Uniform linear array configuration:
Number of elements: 4
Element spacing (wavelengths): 0.25
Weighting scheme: kaiser
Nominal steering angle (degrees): -30
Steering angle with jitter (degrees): -30.709
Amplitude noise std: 0.05
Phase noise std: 0.05

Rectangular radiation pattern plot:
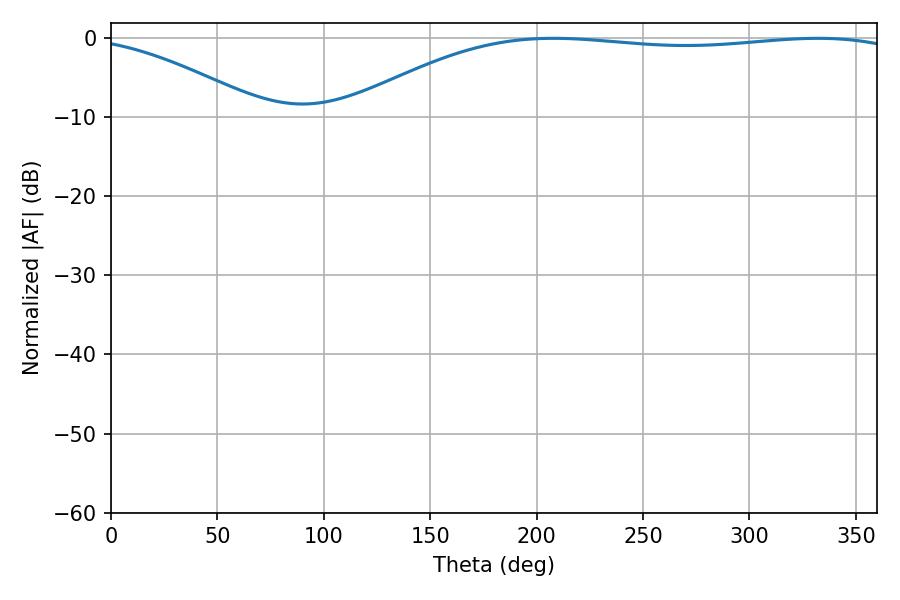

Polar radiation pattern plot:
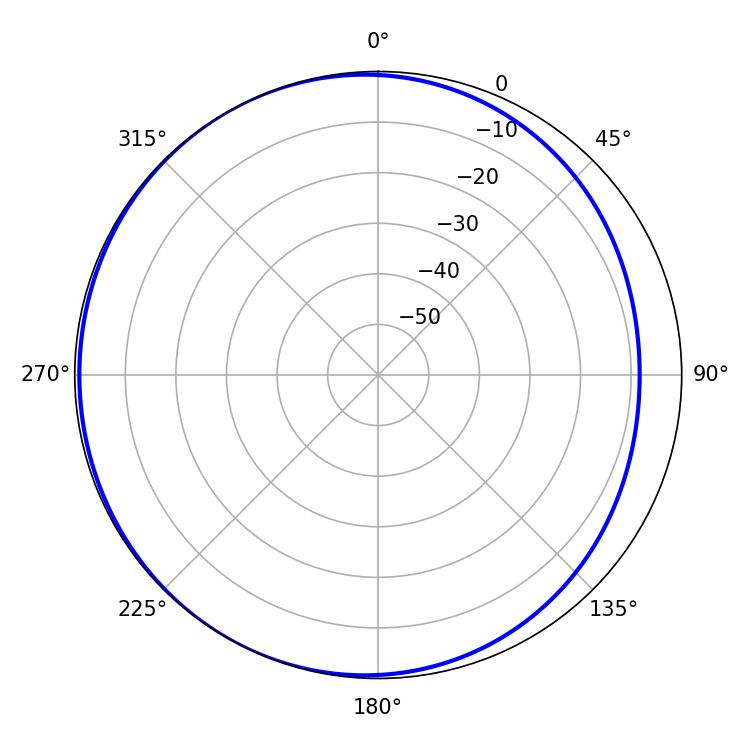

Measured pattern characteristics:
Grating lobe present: FALSE
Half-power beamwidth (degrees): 208.98
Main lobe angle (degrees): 207.9